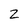
Character: 2